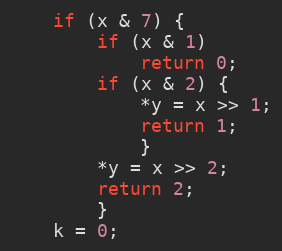
Language: C
	if (x & 7) {
		if (x & 1)
			return 0;
		if (x & 2) {
			*y = x >> 1;
			return 1;
			}
		*y = x >> 2;
		return 2;
		}
	k = 0;